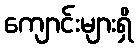
ကျောင်းများရှိ